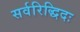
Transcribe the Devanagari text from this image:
सर्वरिद्धिदः